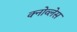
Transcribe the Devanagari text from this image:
क्नोव्लेस